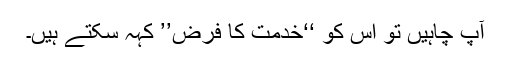
آپ چاہیں تو اس کو ‘‘خدمت کا فرض’’ کہہ سکتے ہیں۔